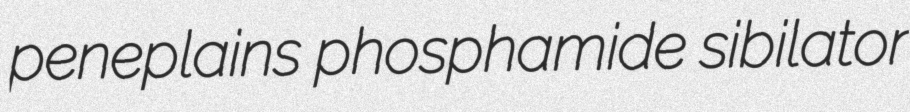
peneplains phosphamide sibilator